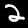
Label: 2